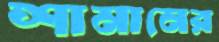
শামানের